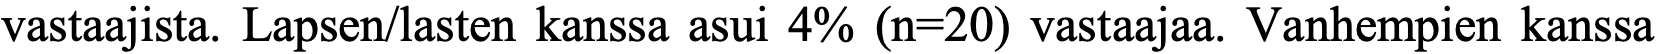
vastaajista. Lapsen/lasten kanssa asui 4% (n=20) vastaajaa. Vanhempien kanssa